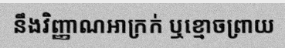
នឹងវិញ្ញាណអាក្រក់ ឬខ្មោចព្រាយ